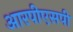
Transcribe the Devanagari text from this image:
आरपीएसपी